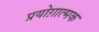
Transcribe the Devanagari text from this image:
प्रयोग़ात्मक